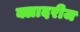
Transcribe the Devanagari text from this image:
क्लादरीज